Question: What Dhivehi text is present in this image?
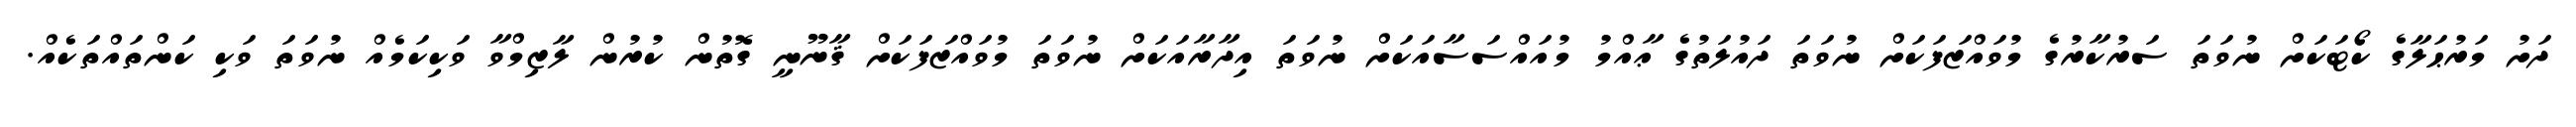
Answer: ދަށު މަރުޙަލާގެ ކޯޓަކަށް ނުވަތަ ސަރުކާރުގެ މުވައްޒަފަކަށް ނުވަތަ ދައުލަތުގެ ޢާއްމު މުއައްސަސާއަކަށް ނުވަތަ އިދާރާއަކަށް ނުވަތަ މުވައްޒަފަކަށް ޤާނޫނީ ގޮތުން ކުރުން ލާޒިމްވާ ވަކިކަމެއް ނުވަތަ ވަކި ކަންތައްތަކެއް.